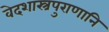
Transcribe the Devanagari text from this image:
वेदशास्त्रपुराणानि